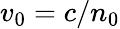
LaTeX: v_{0}=c/n_{0}